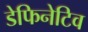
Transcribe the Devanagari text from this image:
डेफिनेटिव